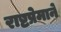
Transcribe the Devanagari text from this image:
राष्टप्रेमाने